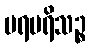
ပရပရိသဉ္စ